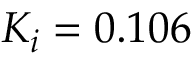
K _ { i } = 0 . 1 0 6